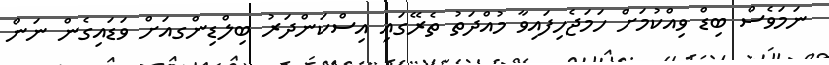
ނަމަވެސް ބިޑް ވިއްކުމަށް ހަމަޖެހިފައިވާ މުއްދަތު ތެރޭގައި އިސްކަންދަރު ބިލްޑިންގއަށް ވަޑައިގެން ނަން